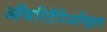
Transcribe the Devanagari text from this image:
ऑथरिटॅरिअनिझम